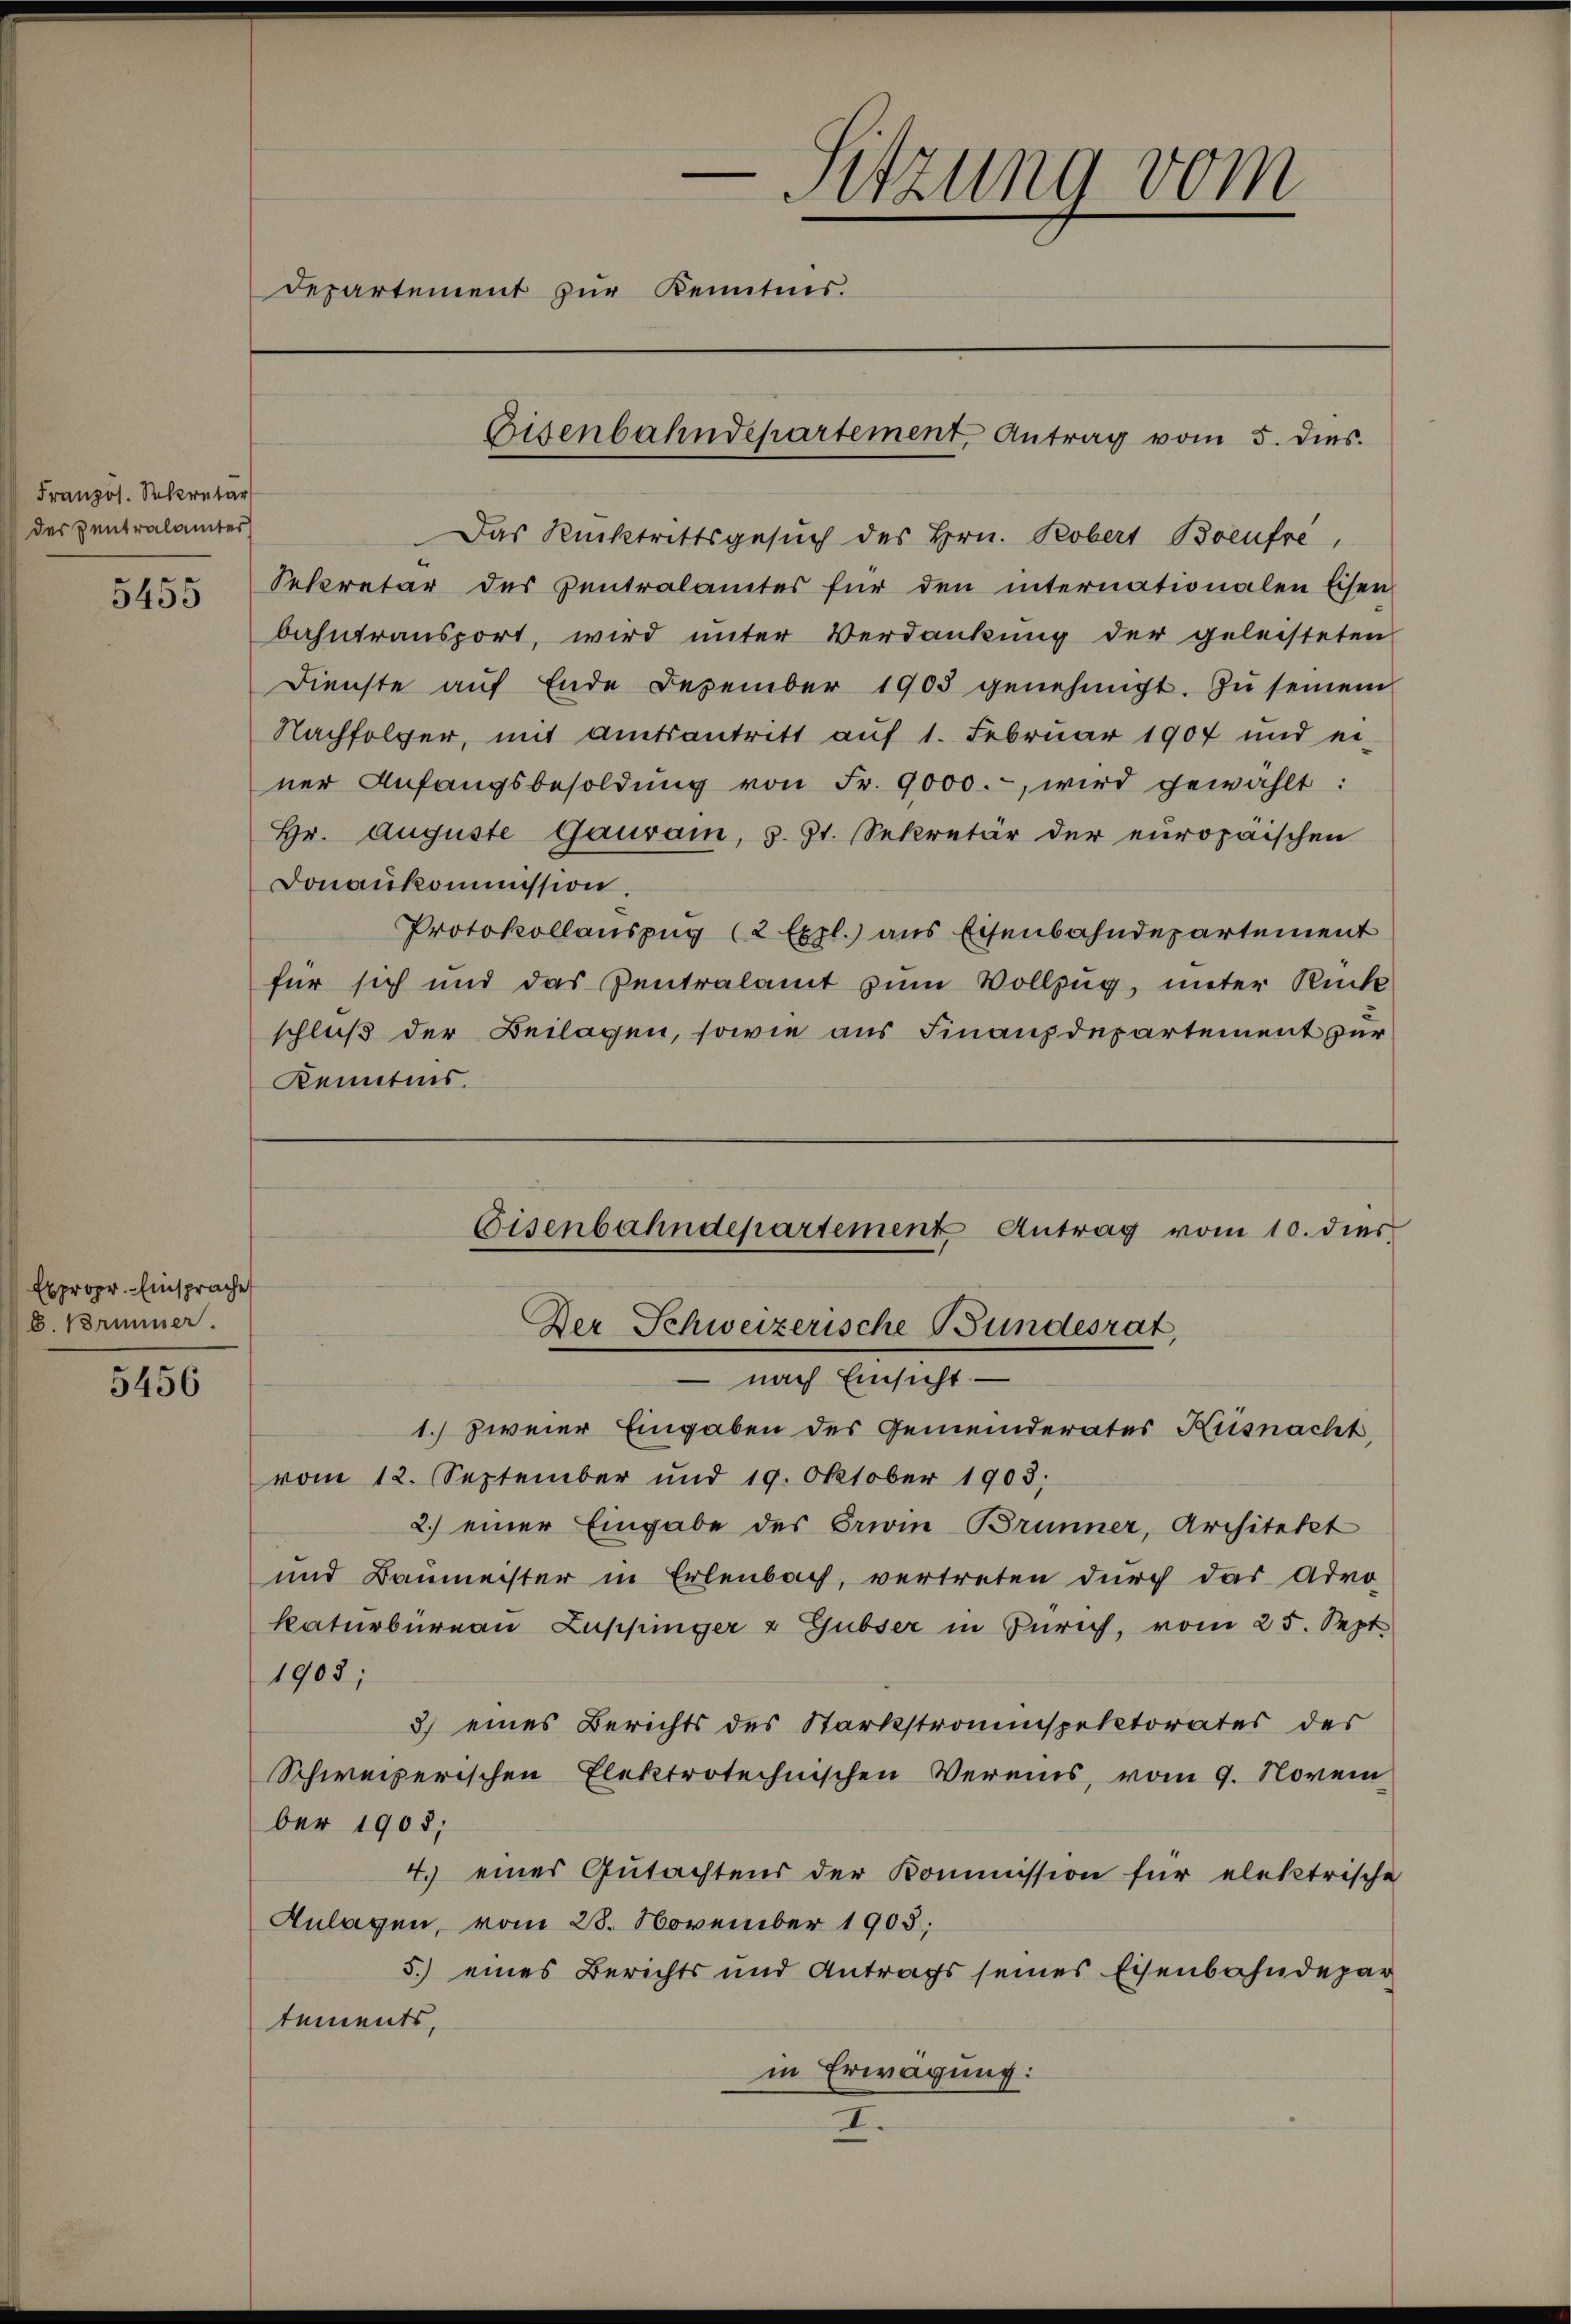
Französ. Sekretär
des Zentralamter
5455

Expropr. Einsprache
b. Brunner.

5456

e
Sitzung vom
e
Departement zur Kenntnis.

Das Rücktrittsgesuch des Hrn. Robert Boeufre
Sekretär des Zentralamtes für den internationalen Eisen
bahntransport, wird unter Verdankung der geleisteten
Dienste aŭf Ende Dezember 1903 genehmigt. Zu seinem
Nachfolger, mit Amtsantritt auf 1. Februar 1907 und ei-
ner Anfangsbesoldŭng von Fr. 9000.-, wird gewählt:
Hr. Auguste Gaurain, s. Zt. Sekretär der europäischen
Donaukommission.
Protokollauszug (2 Expl.) aus Eisenbahndepartement
für sich und das Zentralamt zum Vollzug, unter Rück
schluß der Beilagen, sowie aus Finanzdepartement zur
Kenntnis.
– nach Einsicht —
1.) zweier Eingaben des Gemeinderates Küsnacht
vom 12. September und 19. Oktober 1903;
2.) einer Eingabe des Privin Brunner, Architekt
und Baumeister in Erlenbach, vertreten durch das Advo
katurbüreau Zuppinger & Gubser in Zürich, vom 25. Sept
1903;
3) eines Berichts des Starkstromspektorates des
Schweizerischen Elektrotechnischen Vereins, vom 9. Novem
ber 1905;
4. einer Gutachtens der Kommission für elektrische
Anlagen, vom 28. November 1905.
5.) eines Berichts und Antrags seines Eisenbahndepar
tements,
in Erwägung:
I.

Eisenbahndepartement, Antrag vom 5. dies.

Eisenbahndepartement Antrag vom 10. dies
Der Schweizerische Bundesrat,